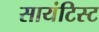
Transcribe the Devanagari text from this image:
सायंटिस्ट